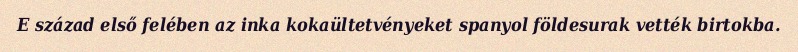
E század első felében az inka kokaültetvényeket spanyol földesurak vették birtokba.